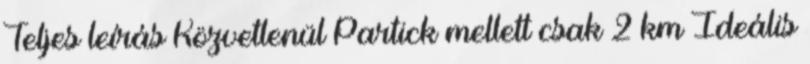
Teljes leírás Közvetlenül Partick mellett csak 2 km Ideális